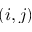
( i , j )